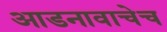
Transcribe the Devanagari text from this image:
आडनावाचेच